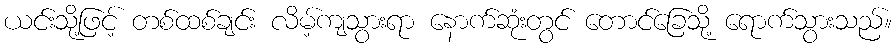
ယင်းသို့ဖြင့် တစ်ထစ်ချင်း လိမ့်ကျသွားရာ နောက်ဆုံးတွင် တောင်ခြေသို့ ရောက်သွားသည်။